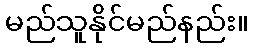
မည်သူနိုင်မည်နည်း။